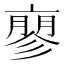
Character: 𬽚